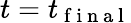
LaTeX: {t}={t}_{\mathrm{~f~i~n~a~l~}}